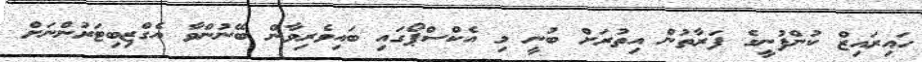
ހައިރައިޒް ކުންފުނީގެ ފަރާތުން އިތުރަށް ބުނީ މި އެކްސްޕޯގައި ބައިވެރިވާން ބޭނުންވާ އެގްޒިބިޓަރުންނަށް